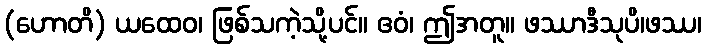
(ဟောတိ) ယထေဝ၊ ဖြစ်သကဲ့သို့ပင်။ ဧဝံ၊ ဤအတူ။ ဖဿာဒီသုပိ၊ဖဿ၊